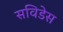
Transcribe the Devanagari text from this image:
सविडेस